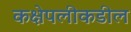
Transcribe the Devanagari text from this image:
कक्षेपलीकडील